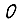
Digit: 0